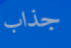
جذاب